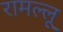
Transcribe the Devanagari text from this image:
रामल्लू